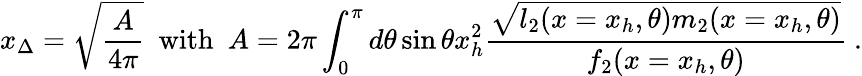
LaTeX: x_{\Delta}=\sqrt{\frac{A}{4\pi}}\ \ \mathrm{with}\ \ A=2\pi\int_{0}^{\pi}d\theta\sin\theta x_{h}^{2}\frac{\sqrt{l_{2}(x=x_{h},\theta)m_{2}(x=x_{h},\theta)}}{f_{2}(x=x_{h},\theta)}\ .